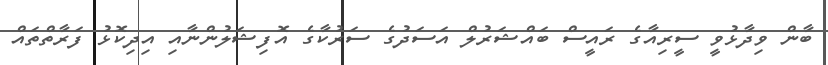
ބާން ވިދާޅުވީ ސީރިއާގެ ރައީސް ބައްޝަރުލް އަސަދުގެ ސަރުކާގެ އޮފިޝަލުންނާއި އިދިކޮޅު ފަރާތްތައް